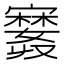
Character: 𪧲